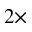
2 \times